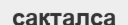
сақталса